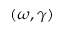
( \omega , \gamma )